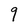
Character: 9